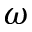
\omega